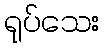
ရုပ်သေး